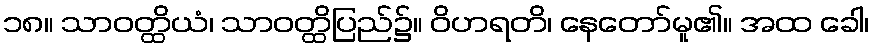
၁၈။ သာဝတ္ထိယံ၊ သာဝတ္ထိပြည်၌။ ဝိဟရတိ၊ နေတော်မူ၏။ အထ ခေါ၊